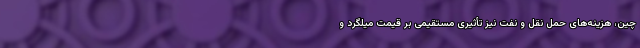
چین، هزینه‌های حمل نقل و نفت نیز تأثیری مستقیمی بر قیمت میلگرد و